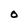
Character: o